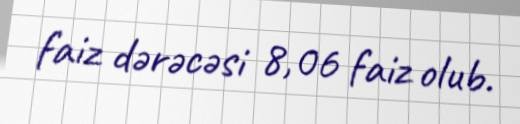
faiz dərəcəsi 8,06 faiz olub.